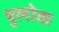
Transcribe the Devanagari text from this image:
त्रुलोक